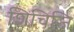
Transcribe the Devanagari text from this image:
शिचिजि